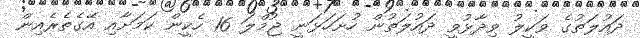
ދައުލަތުގެ ވަކީލު ވިދާޅުވީ ދައުލަތުން ހުށަހަޅަނީ ޖުމްލަ 16 ހެކީން ކަމަށާއި އޭގެތެރެއިން